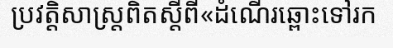
ប្រវត្តិសាស្ត្រពិតស្តីពី«ដំណើរឆ្ពោះទៅរក